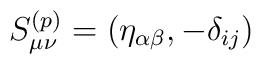
S^{(p)}_{\mu\nu} = (\eta_{\alpha \beta}, -\delta_{ij})